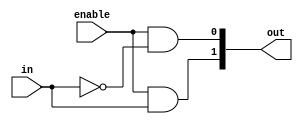
module decoder2(out, in, enable);
    
    output [1:0] out;    
    input in;
    input enable;
    
    and a0(out[0], enable, !in);
    and a1(out[1], enable, in);
    
endmodule //decoder2

module decoder4(out, in, enable);
    
    output [3:0] out;
    input [1:0] in;
    input enable;
    wire [1:0] w_enable;
    
    decoder2 d0(w_enable, in[1], enable);
    decoder2 d1(out[1:0], in[0], w_enable[0]);
    decoder2 d2(out[3:2], in[0], w_enable[1]);
    
endmodule //decoder4

module decoder8(out, in, enable);
    
    output [7:0] out;
    input [2:0] in;
    input enable;
    wire [1:0] w_enable;
    
    decoder2 d0(w_enable, in[2], enable);
    decoder4 d1(out[3:0], in[1:0], w_enable[0]);
    decoder4 d2(out[7:4], in[1:0], w_enable[1]);
    
endmodule //decoder8

module decoder16(out, in, enable);
    
    output [15:0] out;
    input [3:0] in;
    input enable;
    wire [1:0] w_enable;
    
    decoder2 d0(w_enable, in[3], enable);
    decoder8 d1(out[7:0], in[2:0], w_enable[0]);
    decoder8 d2(out[15:8], in[2:0], w_enable[1]);
    
endmodule //decoder16